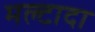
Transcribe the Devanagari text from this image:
मल्टादा